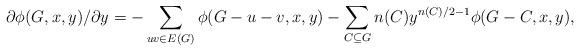
LaTeX: \begin{align*}\partial \phi(G,x,y)/\partial y=-\sum_{uv\in E(G)}\phi(G-u-v,x,y)-\sum_{C\subseteq G}n(C)y^{n(C)/2-1}\phi(G-C,x,y),\end{align*}